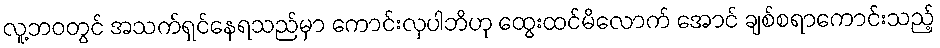
လူ့ဘဝတွင် အသက်ရှင်နေရသည်မှာ ကောင်းလှပါဘိဟု ထွေးထင်မိလောက် အောင် ချစ်စရာကောင်းသည့်